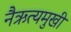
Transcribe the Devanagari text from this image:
नैऋत्यमुखी